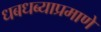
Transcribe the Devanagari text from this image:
धबधब्याप्रमाणे